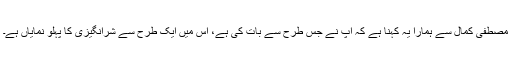
مصطفی کمال سے ہمارا یہ کہنا ہے کہ آپ نے جس طرح سے بات کی ہے، اس میں ایک طرح سے شرانگیزی کا پہلو نمایاں ہے۔